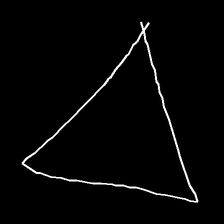
Glyph: convergence